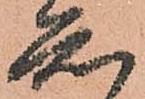
知